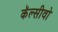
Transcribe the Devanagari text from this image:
कॅल्सीवो